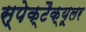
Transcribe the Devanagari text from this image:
स्पेक्टैक्यूलर